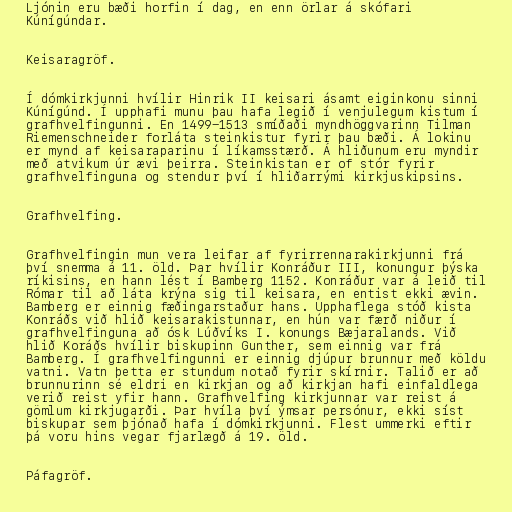
Ljónin eru bæði horfin í dag, en enn örlar á skófari
Kúnígúndar.

Keisaragröf.

Í dómkirkjunni hvílir Hinrik II keisari ásamt eiginkonu sinni
Kúnígúnd. Í upphafi munu þau hafa legið í venjulegum kistum í
grafhvelfingunni. En 1499-1513 smíðaði myndhöggvarinn Tilman
Riemenschneider forláta steinkistur fyrir þau bæði. Á lokinu
er mynd af keisaraparinu í líkamsstærð. Á hliðunum eru myndir
með atvikum úr ævi þeirra. Steinkistan er of stór fyrir
grafhvelfinguna og stendur því í hliðarrými kirkjuskipsins.

Grafhvelfing.

Grafhvelfingin mun vera leifar af fyrirrennarakirkjunni frá
því snemma á 11. öld. Þar hvílir Konráður III, konungur þýska
ríkisins, en hann lést í Bamberg 1152. Konráður var á leið til
Rómar til að láta krýna sig til keisara, en entist ekki ævin.
Bamberg er einnig fæðingarstaður hans. Upphaflega stóð kista
Konráðs við hlið keisarakistunnar, en hún var færð niður í
grafhvelfinguna að ósk Lúðvíks I. konungs Bæjaralands. Við
hlið Koráðs hvílir biskupinn Gunther, sem einnig var frá
Bamberg. Í grafhvelfingunni er einnig djúpur brunnur með köldu
vatni. Vatn þetta er stundum notað fyrir skírnir. Talið er að
brunnurinn sé eldri en kirkjan og að kirkjan hafi einfaldlega
verið reist yfir hann. Grafhvelfing kirkjunnar var reist á
gömlum kirkjugarði. Þar hvíla því ýmsar persónur, ekki síst
biskupar sem þjónað hafa í dómkirkjunni. Flest ummerki eftir
þá voru hins vegar fjarlægð á 19. öld.

Páfagröf.